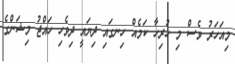
މިއަހަރު ވެސް މި ހުރިހާ ކަމެއް ހިނގައި ދިޔައީ ދިވެހި ހައްޖު މިޝަންގެ